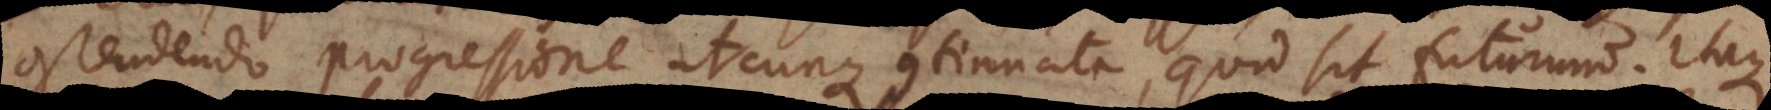
ostendendo progressione utcunque continuata, quid sit futurum. Itaque